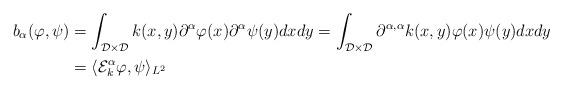
LaTeX: \begin{align*} b_{\alpha}(\varphi,\psi) &= \int_{\mathcal{D}\times\mathcal{D}}k(x,y)\partial^{\alpha}\varphi(x)\partial^{\alpha}\psi(y)dxdy = \int_{\mathcal{D}\times\mathcal{D}}\partial^{\alpha,\alpha}k(x,y)\varphi(x)\psi(y)dxdy \\ &= \langle \mathcal{E}_k^{\alpha}\varphi,\psi\rangle_{L^2} \end{align*}